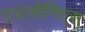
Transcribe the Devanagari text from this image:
एउलोगिएस्